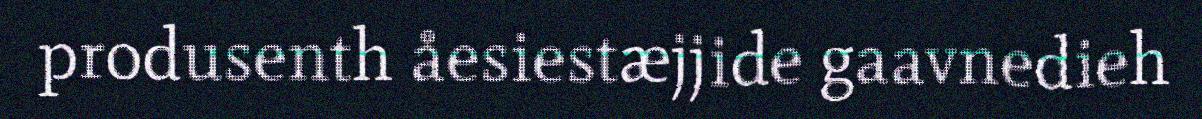
produsenth åesiestæjjide gaavnedieh